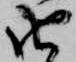
由